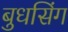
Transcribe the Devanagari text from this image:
बुधसिंग